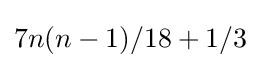
7n(n-1)/18+1/3